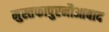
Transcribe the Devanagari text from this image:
मुस्तफापुरनौआबाद